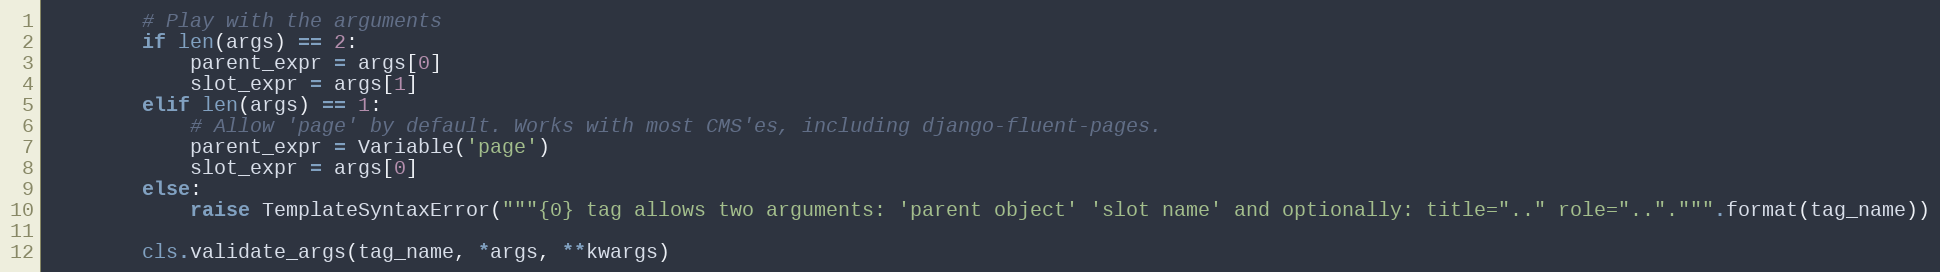
Language: Python
        # Play with the arguments
        if len(args) == 2:
            parent_expr = args[0]
            slot_expr = args[1]
        elif len(args) == 1:
            # Allow 'page' by default. Works with most CMS'es, including django-fluent-pages.
            parent_expr = Variable('page')
            slot_expr = args[0]
        else:
            raise TemplateSyntaxError("""{0} tag allows two arguments: 'parent object' 'slot name' and optionally: title=".." role="..".""".format(tag_name))

        cls.validate_args(tag_name, *args, **kwargs)